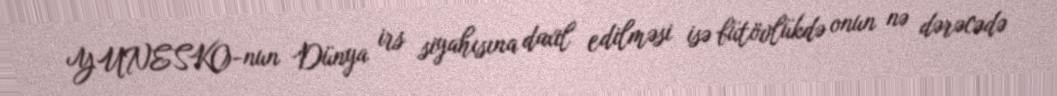
YUNESKO-nun Dünya irs siyahısına daxil edilməsi isə bütövlükdə onun nə dərəcədə